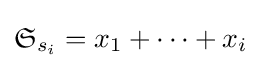
{\mathfrak {S}}_{s_{i}}=x_{1}+\cdots +x_{i}